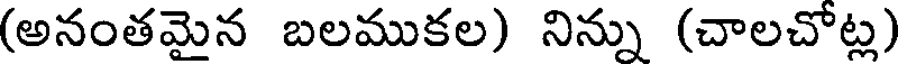
(అనంతమైన బలముకల) నిన్ను (చాలచోట్ల)